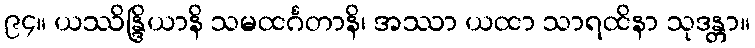
၉၄။ ယဿိန္ဒြိယာနိ သမထင်္ဂတာနိ၊ အဿာ ယထာ သာရထိနာ သုဒန္တာ။